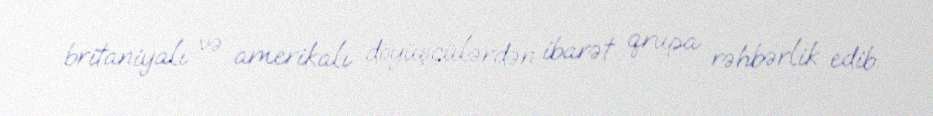
britaniyalı və amerikalı döyüşçülərdən ibarət qrupa rəhbərlik edib.